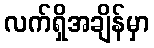
လက်ရှိအချိန်မှာ